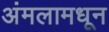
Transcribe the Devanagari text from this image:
अंमलामधून